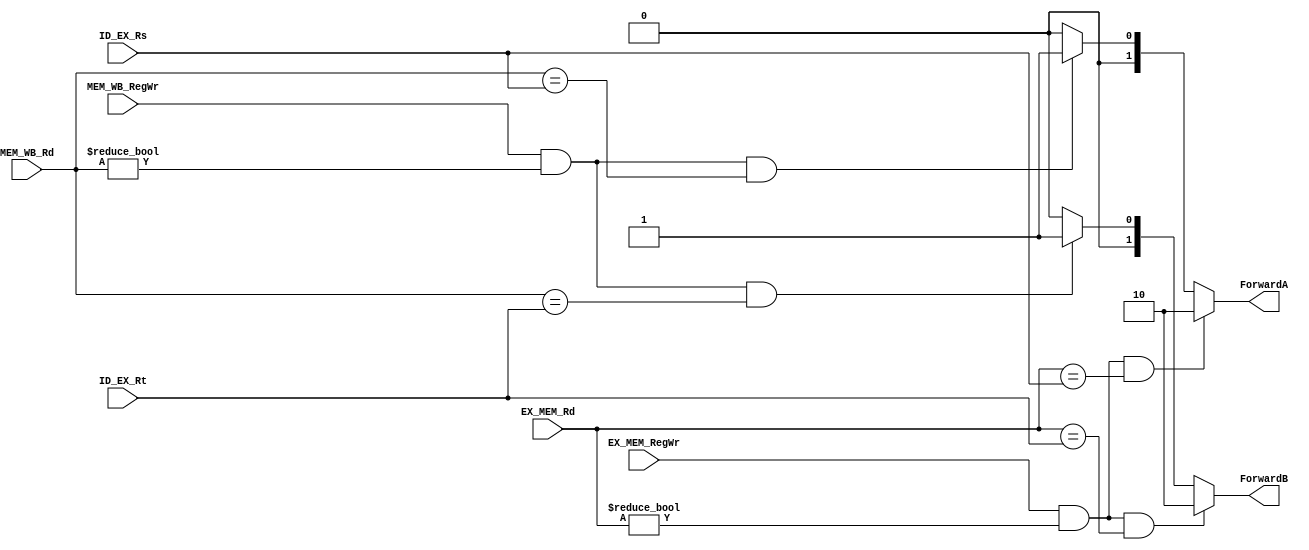
module forward(ForwardA,ForwardB,EX_MEM_RegWr,MEM_WB_RegWr,EX_MEM_Rd,MEM_WB_Rd,ID_EX_Rs,ID_EX_Rt);
input EX_MEM_RegWr,MEM_WB_RegWr;
input [4:0] EX_MEM_Rd, ID_EX_Rs,ID_EX_Rt,MEM_WB_Rd;
output [1:0] ForwardA,ForwardB;

//always @(*)//TODO:???EX????EX/MEM(????)???
// begin
// 	if (EX_MEM_RegWr&&(EX_MEM_Rd!=0)&&(EX_MEM_Rd==ID_EX_Rs))//EX??
// 		ForwardA <= 2'b10;
// 	else if(MEM_WB_RegWr&&(MEM_WB_Rd!=0)&&(MEM_WB_Rd==ID_EX_Rs))
// 		ForwardA<=2'b01;
// 	else
// 		ForwardA<=2'b00;
// end

assign ForwardA = (EX_MEM_RegWr&&EX_MEM_Rd!=0&&EX_MEM_Rd==ID_EX_Rs)?2'b10:
					(MEM_WB_RegWr&&MEM_WB_Rd!=0&&MEM_WB_Rd==ID_EX_Rs)?2'b01:
						2'b00;

assign ForwardB = (EX_MEM_RegWr&&EX_MEM_Rd!=0&&EX_MEM_Rd==ID_EX_Rt)?2'b10:
					(MEM_WB_RegWr&&MEM_WB_Rd!=0&&MEM_WB_Rd==ID_EX_Rt)?2'b01:
						2'b00;


// always @(*)
// begin
// 	if (EX_MEM_RegWr&&(EX_MEM_Rd!=0)&&(EX_MEM_Rd==ID_EX_Rt)) //EX??
// 		ForwardB<=2'b10;	
// 	else if (MEM_WB_RegWr&&(MEM_WB_Rd!=0)&&(MEM_WB_Rd==ID_EX_Rt))
// 		ForwardB<=2'b01;
// 	else 
// 		ForwardB<=2'b00;

// end

endmodule